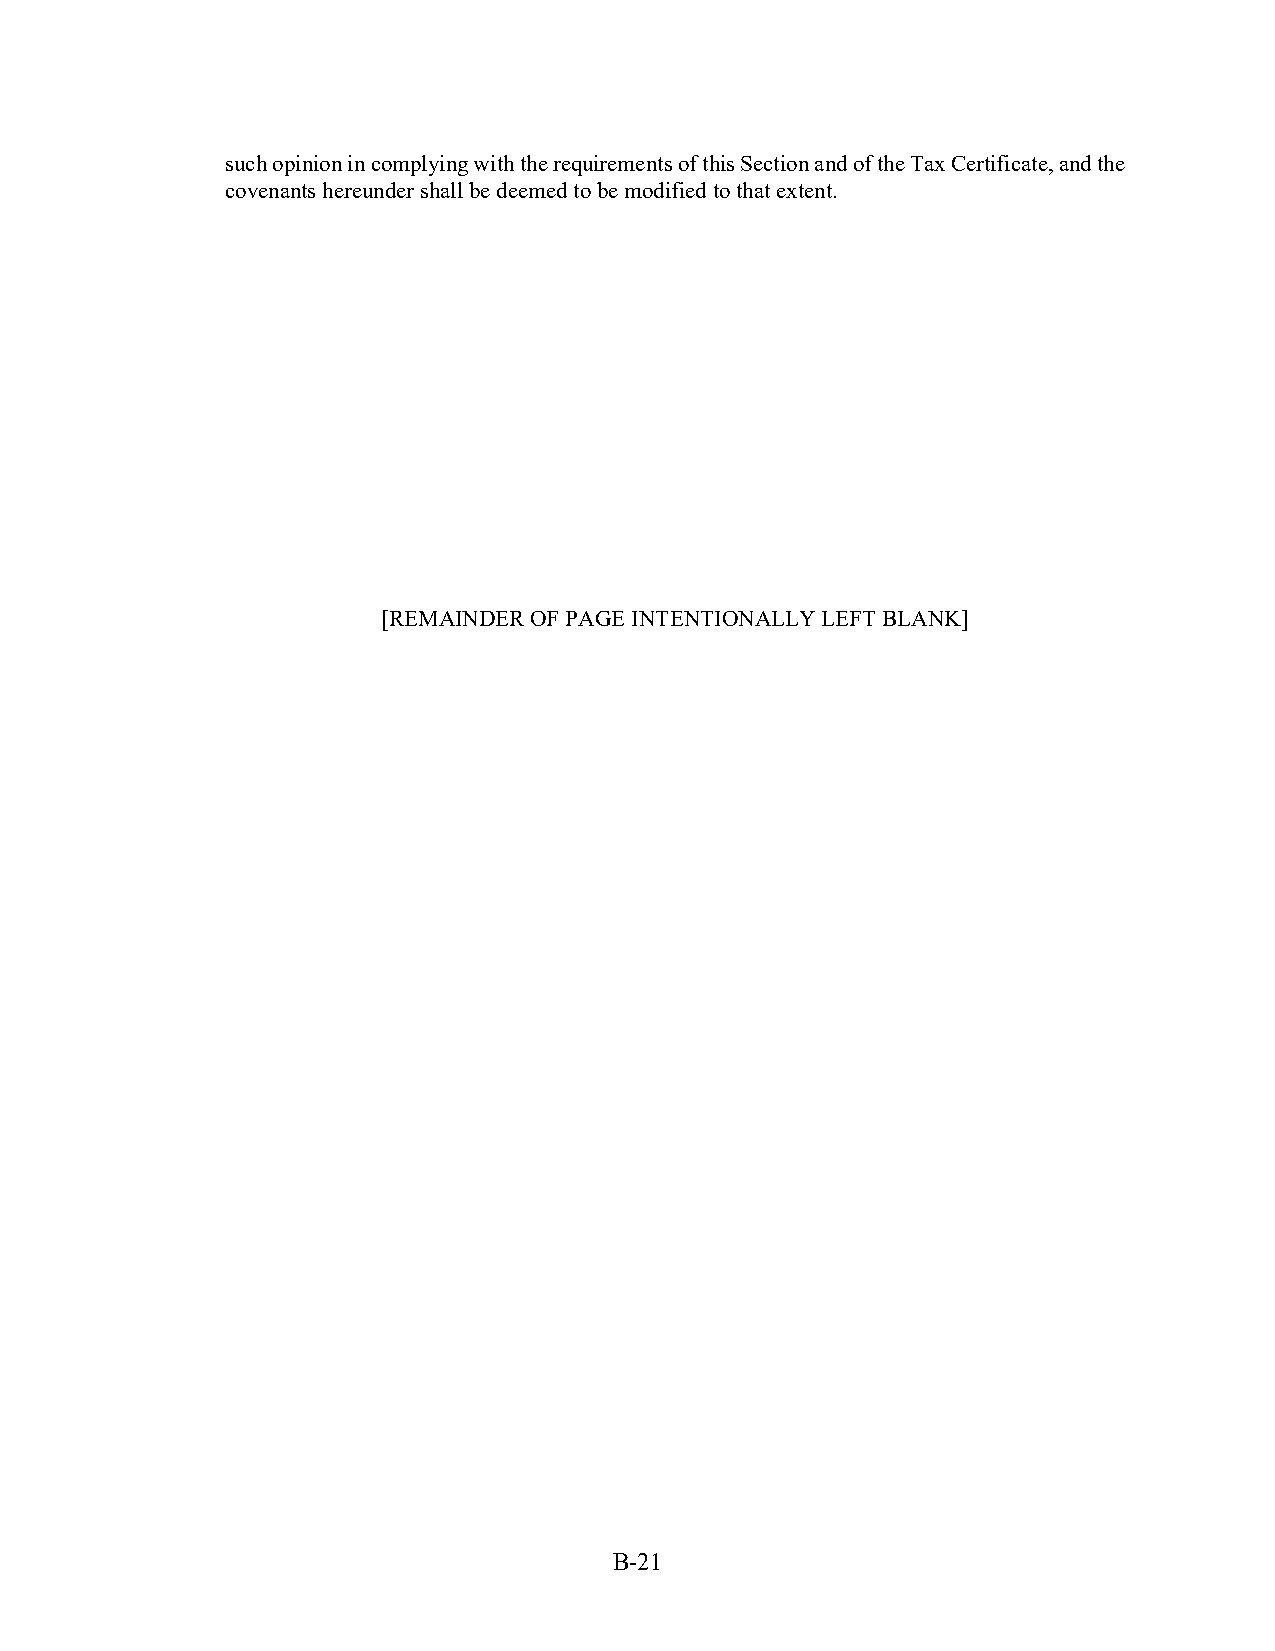
such opinion in complying with the requirements of this Section and of the Tax Certificate, and the
 covenants hereunder shall be deemed to be modified to that extent.
 [REMAINDER OF PAGE INTENTIONALLY LEFT BLANK]
 B-21